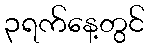
၃ရက်နေ့တွင်